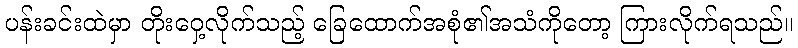
ပန်းခင်းထဲမှာ တိုးဝှေ့လိုက်သည့် ခြေထောက်အစုံ၏အသံကိုတော့ ကြားလိုက်ရသည်။